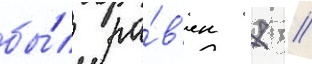
бы́л ра́в'ен 7 /